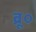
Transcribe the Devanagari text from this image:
ब्रू०